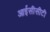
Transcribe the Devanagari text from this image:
आईसीसीटी